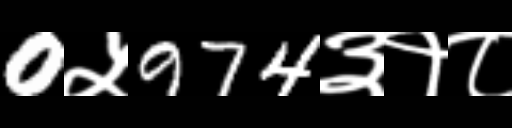
Text: 0५974३१८